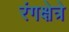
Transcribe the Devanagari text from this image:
रंगक्षेत्रे